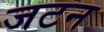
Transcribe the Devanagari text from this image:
जटन